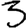
Digit: 3